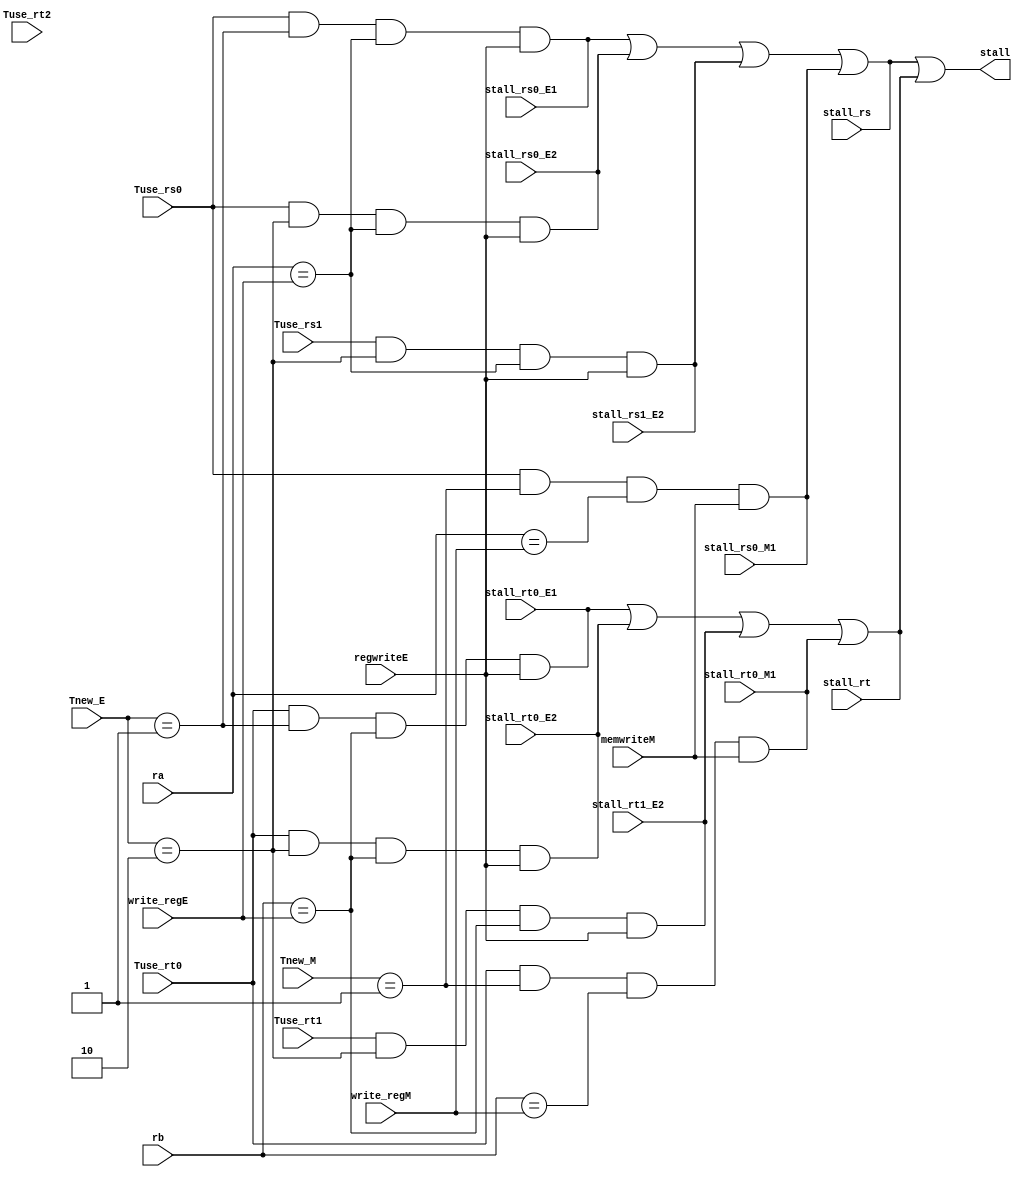
`timescale 1ns / 1ps
//////////////////////////////////////////////////////////////////////////////////
// Company: 
// Engineer: 
// 
// Design Name: 
// Module Name: stall_creat
// Project Name: 
// Target Devices: 
// Tool Versions: 
// Description: 
// 
// Dependencies: 
// 
// Revision:
// Revision 0.01 - File Created
// Additional Comments:
// 
//////////////////////////////////////////////////////////////////////////////////


module stall_creat(
    input stall_rs, stall_rt, stall_rs0_E1, stall_rs0_E2,
    input stall_rs1_E2, stall_rs0_M1, stall_rt0_E1, stall_rt0_E2, stall_rt1_E2, stall_rt0_M1,
    input Tuse_rs0, Tuse_rs1, Tuse_rt0, Tuse_rt1, Tuse_rt2,
    input [1:0]Tnew_E, Tnew_M,
    input [4:0]ra,rb,
    input [4:0]write_regE,
    input [4:0]write_regM,
    input regwriteE,
    input memwriteM, 
    output stall
    );
    //Tuse_rs0 0=>beq jr j
    // Tnew_E==1 ALU

    //Tuse_rs0 0=>beq jr j
    // Tnew_E==2  lw

    //Tuse_rs0 0=>beq jr j
    // Tnew_M==1  lw

    //Tuse_rs1 cal_r cal_i 
    // Tnew_E==1  lw

    assign stall_rs0_E1 = Tuse_rs0 & (Tnew_E == 1) & (ra == write_regE) & regwriteE;
                        // beq        cal              equal/not equal       true/false
    assign stall_rs0_E2 = Tuse_rs0 & (Tnew_E == 2) & (ra == write_regE) & regwriteE;
    assign stall_rs1_E2 = Tuse_rs1 & (Tnew_E == 2) & (ra == write_regE) & regwriteE;
    assign stall_rs0_M1 = Tuse_rs0 & (Tnew_M == 1) & (ra == write_regM) & memwriteM;

    assign stall_rt0_E1 = Tuse_rt0 & (Tnew_E == 1) & (rb == write_regE) & regwriteE;
    assign stall_rt0_E2 = Tuse_rt0 & (Tnew_E == 2) & (rb == write_regE) & regwriteE;
    assign stall_rt1_E2 = Tuse_rt1 & (Tnew_E == 2) & (rb == write_regE) & regwriteE;
    assign stall_rt0_M1 = Tuse_rt0 & (Tnew_M == 1) & (rb == write_regM) & memwriteM;

    assign stall_rs = stall_rs0_E1 | stall_rs0_E2 | stall_rs1_E2 | stall_rs0_M1;
    assign stall_rt = stall_rt0_E1 | stall_rt0_E2 | stall_rt1_E2 | stall_rt0_M1;

    assign stall = stall_rs | stall_rt;
endmodule